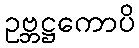
ဥဗ္ဘဋ္ဌကောပိ